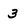
Character: 3